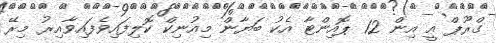
ގްރޫޕް އީ އިން 12 ޕޮއިންޓާ އެކު ބަޔާން މިއުނިކް ކޮލިފައިވެފައިވާއިރު މިރޭ